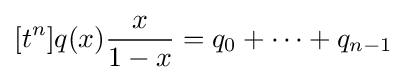
[t^{n}]q(x){\frac {x}{1-x}}=q_{0}+\cdots +q_{n-1}